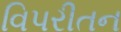
વિપરીતન